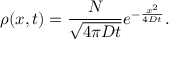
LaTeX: \rho ( x , t ) = { \frac { N } { \sqrt { 4 \pi D t } } } e ^ { - { \frac { x ^ { 2 } } { 4 D t } } } .